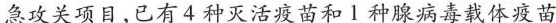
急攻关项目，已有4种灭活疫苗和1种腺病毒载体疫苗